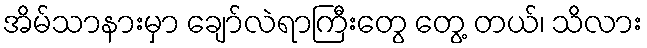
အိမ်သာနားမှာ ချော်လဲရာကြီးတွေ တွေ့ တယ်၊ သိလား